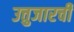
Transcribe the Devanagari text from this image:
उत्तुजारची